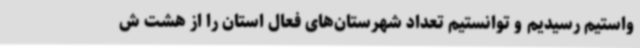
واستیم رسیدیم و توانستیم تعداد شهرستان‌های فعال استان را از هشت ش